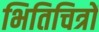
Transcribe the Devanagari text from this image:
भितिचित्रों